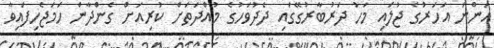
އަންނަ އަހަރުގެ ޖުލައި މަހު ދަރުބާރުގޭގައި ދެދުވަހުގެ މުއްދަތަށް ކުރިއަށް ގެންދާން ހަމަޖެހިފައިވާ